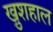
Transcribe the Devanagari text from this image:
खु़शहाल